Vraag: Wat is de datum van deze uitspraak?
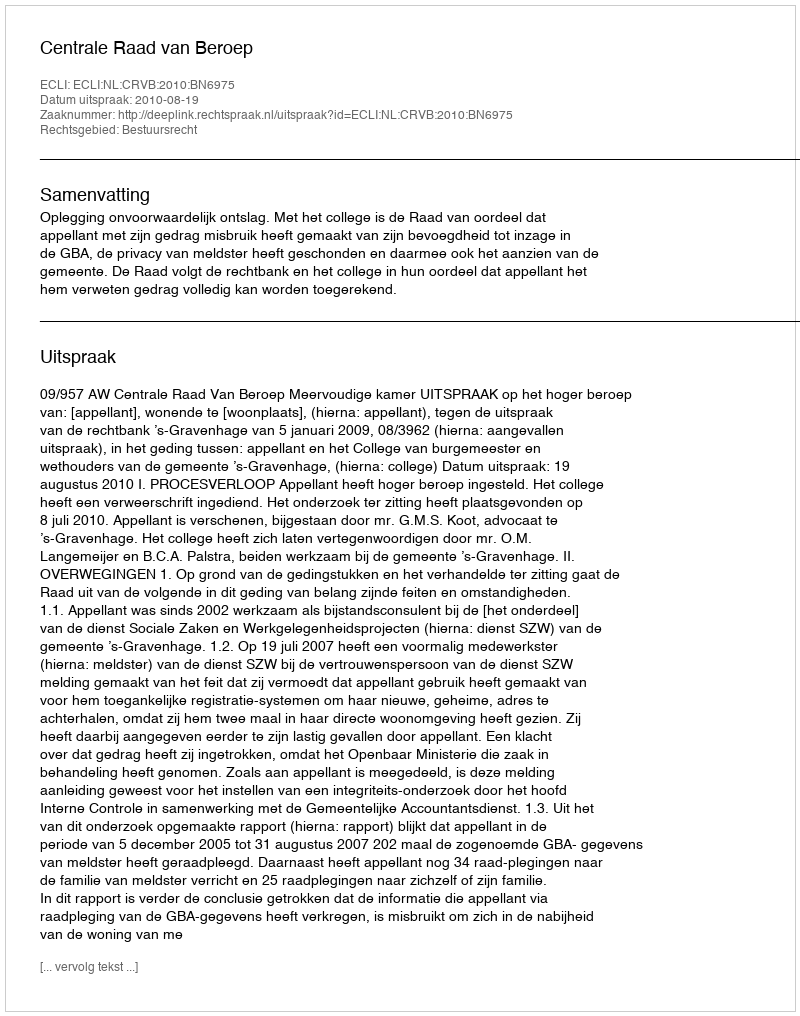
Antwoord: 2010-08-19